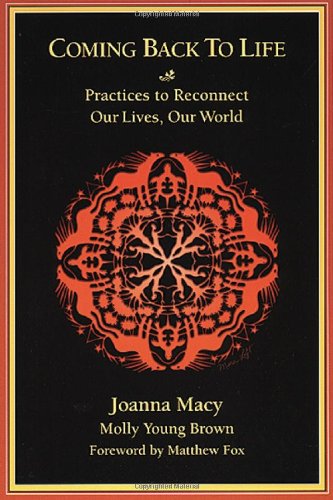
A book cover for Coming Back to Life: Practices to Reconnect Our Lives, Our World; Joanna Macy; Religion & Spirituality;